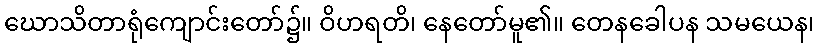
ဃောသိတာရုံကျောင်းတော်၌။ ဝိဟရတိ၊ နေတော်မူ၏။ တေနခေါပန သမယေန၊